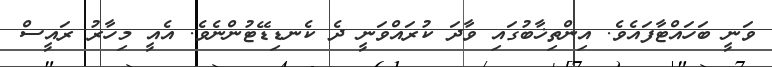
ވަނީ ބަހައްޓާފައެވެ. އިންތިޚާބުގައި ވާދަ ކުރައްވަނީ ދެ ކެނޑިޑޭޓުންނެވެ. އެއީ މިހާރު ރައީސް